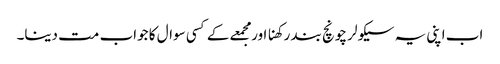
اب اپنی یہ سیکولر چونچ بند رکھنا اور مجمعے کے کسی سوال کا جواب مت دینا۔